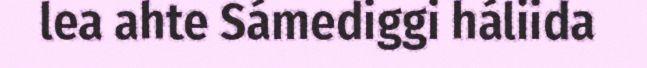
lea ahte Sámediggi háliida